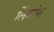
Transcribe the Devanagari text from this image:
लिंबांग